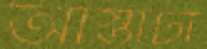
আস্তাটা